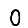
Digit: 0